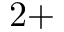
2 +